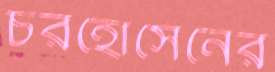
চরহোসেনের